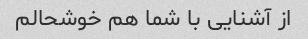
از آشنایی با شما هم خوشحالم